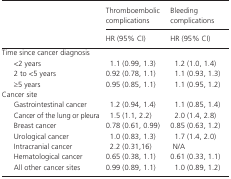
<table><thead><tr><td rowspan="2"></td><td><b>Thromboembolic complications</b></td><td><b>Bleeding complications</b></td></tr><tr><td><b>HR (95% CI)</b></td><td><b>HR (95% CI)</b></td></tr></thead><tbody><tr><td colspan="3">Time since cancer diagnosis</td></tr><tr><td>&lt;2 years</td><td>1.1 (0.99, 1.3)</td><td>1.2 (1.0, 1.4)</td></tr><tr><td>2 to &lt;5 years</td><td>0.92 (0.78, 1.1)</td><td>1.1 (0.93, 1.3)</td></tr><tr><td>≥5 years</td><td>0.95 (0.85, 1.1)</td><td>1.1 (0.95, 1.2)</td></tr><tr><td colspan="3">Cancer site</td></tr><tr><td>Gastrointestinal cancer</td><td>1.2 (0.94, 1.4)</td><td>1.1 (0.85, 1.4)</td></tr><tr><td>Cancer of the lung or pleura</td><td>1.5 (1.1, 2.2)</td><td>2.0 (1.4, 2.8)</td></tr><tr><td>Breast cancer</td><td>0.78 (0.61, 0.99)</td><td>0.85 (0.63, 1.2)</td></tr><tr><td>Urological cancer</td><td>1.0 (0.83, 1.3)</td><td>1.7 (1.4, 2.0)</td></tr><tr><td>Intracranial cancer</td><td>2.2 (0.31,16)</td><td>N/A</td></tr><tr><td>Hematological cancer</td><td>0.65 (0.38, 1.1)</td><td>0.61 (0.33, 1.1)</td></tr><tr><td>All other cancer sites</td><td>0.99 (0.89, 1.1)</td><td>1.0 (0.89, 1.2)</td></tr></tbody></table>